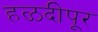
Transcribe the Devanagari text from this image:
हळदीपूर